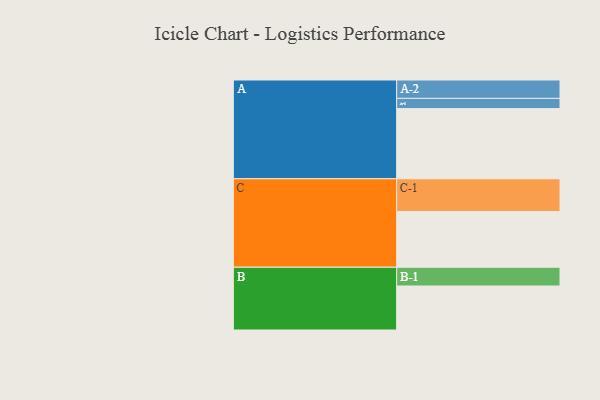
{"axis": {"x": "Segment", "y": "Value"}, "legend": ["", "A", "B", "C"], "data": [{"x": "A", "y": 565, "type": ""}, {"x": "B", "y": 354, "type": ""}, {"x": "C", "y": 449, "type": ""}, {"x": "A-1", "y": 82, "type": "A"}, {"x": "A-2", "y": 148, "type": "A"}, {"x": "B-1", "y": 151, "type": "B"}, {"x": "C-1", "y": 263, "type": "C"}]}